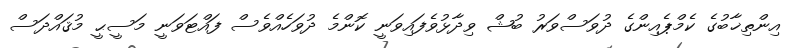
އިންތިޚާބުގެ ކެމްޕެއިންގެ ދުވަސްވަރު ބުޝް ވިދާޅުވެފައިވަނީ ކޮންމެ ދުވަހެއްވެސް ފައްޓަވަނީ މަސީޙީ މުޤައްދަސް